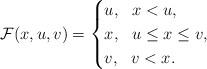
LaTeX: \begin{align*}\mathcal{F}(x,u,v)=\begin{cases}u,~~x<u,\\x,~~u\leq x\leq v,\\v,~~v< x .\\\end{cases}\end{align*}